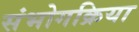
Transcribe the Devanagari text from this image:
संभोगक्रिया